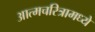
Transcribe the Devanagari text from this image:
आत्मचरित्रामध्ये